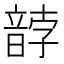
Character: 䪬